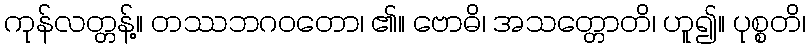
ကုန်လတ္တန့်။ တဿဘဂဝတော၊ ၏။ ဗောဓိ၊ အသတ္တောတိ၊ ဟူ၍။ ပုစ္စတိ၊